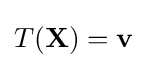
T(\mathbf {X} )=\mathbf {v}